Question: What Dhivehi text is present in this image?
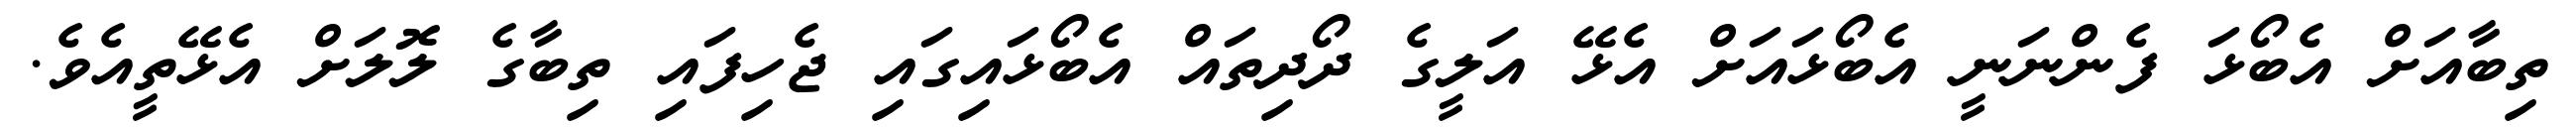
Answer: ތިބާއަށް އެބޯޅަ ފެންނަނީ އެބޯޅައަށް އެޅޭ އަލީގެ ދޯދިތައް އެބޯޅައިގައި ޖެހިފައި ތިބާގެ ލޮލަށް އެޅޭތީއެވެ.